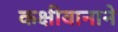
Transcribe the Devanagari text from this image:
कक्षीवानाने